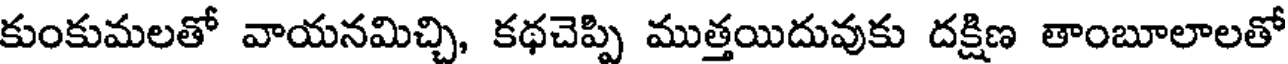
కుంకుమలతో వాయనమిచ్చి, కథచెప్పి ముత్తయిదువుకు దక్షిణ తాంబూలాలతో